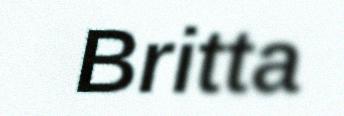
Britta